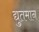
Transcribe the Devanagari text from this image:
द्युतमान